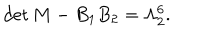
LaTeX: \mathrm { d e t } \, M - B _ { 1 } B _ { 2 } = \Lambda _ { 2 } ^ { 6 } . \nonumber